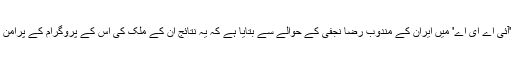
ایران کے سرکاری میڈیا نے ایک رپورٹ میں 'آئی اے ای اے' میں ایران کے مندوب رضا نجفی کے حوالے سے بتایا ہے کہ یہ نتائج ان کے ملک کی اس کے پروگرام کے پرامن ہونے سے متعلق "مکمل شفافیت" کا اظہار ہیں۔